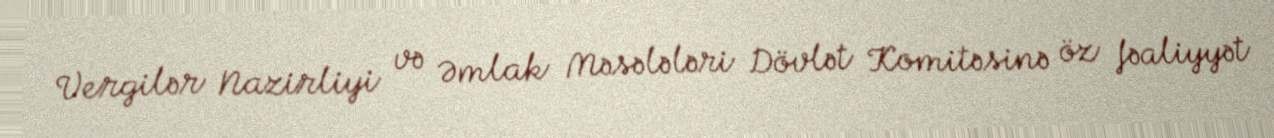
Vergilər Nazirliyi və Əmlak Məsələləri Dövlət Komitəsinə öz fəaliyyət